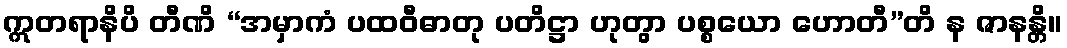
ဣတရာနိပိ တီဏိ “အမှာကံ ပထဝီဓာတု ပတိဋ္ဌာ ဟုတွာ ပစ္စယော ဟောတီ”တိ န ဇာနန္တိ။